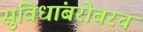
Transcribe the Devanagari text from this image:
सुविधांबरोबरच